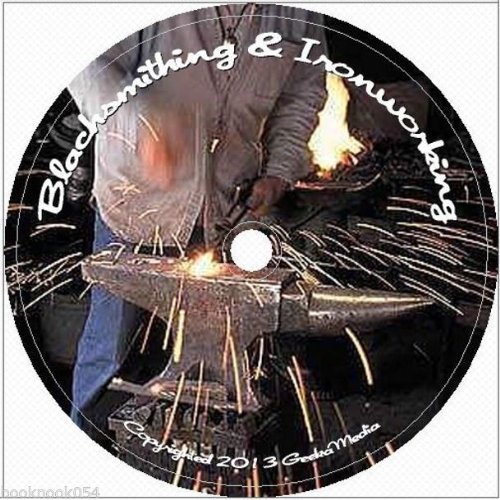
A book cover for Learn Backyard Blacksmithing At Home 129 Books & Guides for Metal Working & Homesteading; GeekaMedia; Crafts, Hobbies & Home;